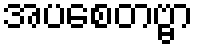
အပစေတဗ္ဗာ